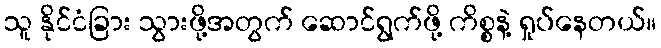
သူ နိုင်ငံခြား သွားဖို့အတွက် ဆောင်ရွက်ဖို့ ကိစ္စနဲ့ ရှုပ်နေတယ်။